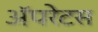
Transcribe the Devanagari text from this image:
अॅपरेटस